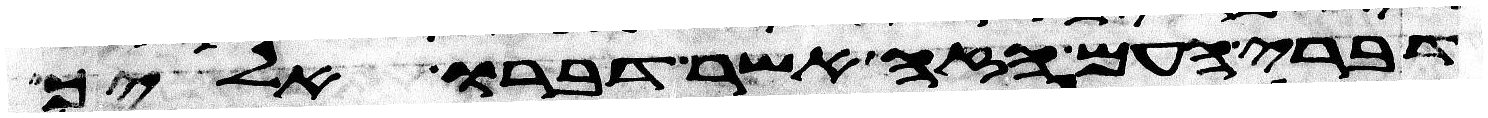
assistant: דברי העם הזה אשר דברו אליך